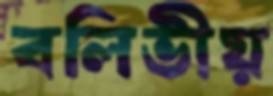
বলিভীয়